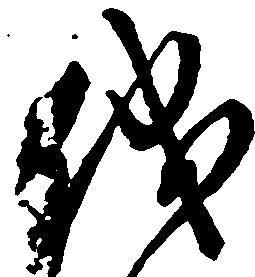
儀